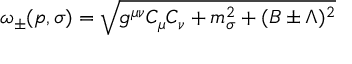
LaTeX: \omega _ { \pm } ( p , \sigma ) = \sqrt { g ^ { \mu \nu } C _ { \mu } C _ { \nu } + m _ { \sigma } ^ { 2 } + ( B \pm \Lambda ) ^ { 2 } }